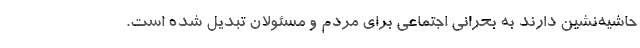
حاشیه‌نشین دارند به بحرانی اجتماعی برای مردم و مسئولان تبدیل شده است.